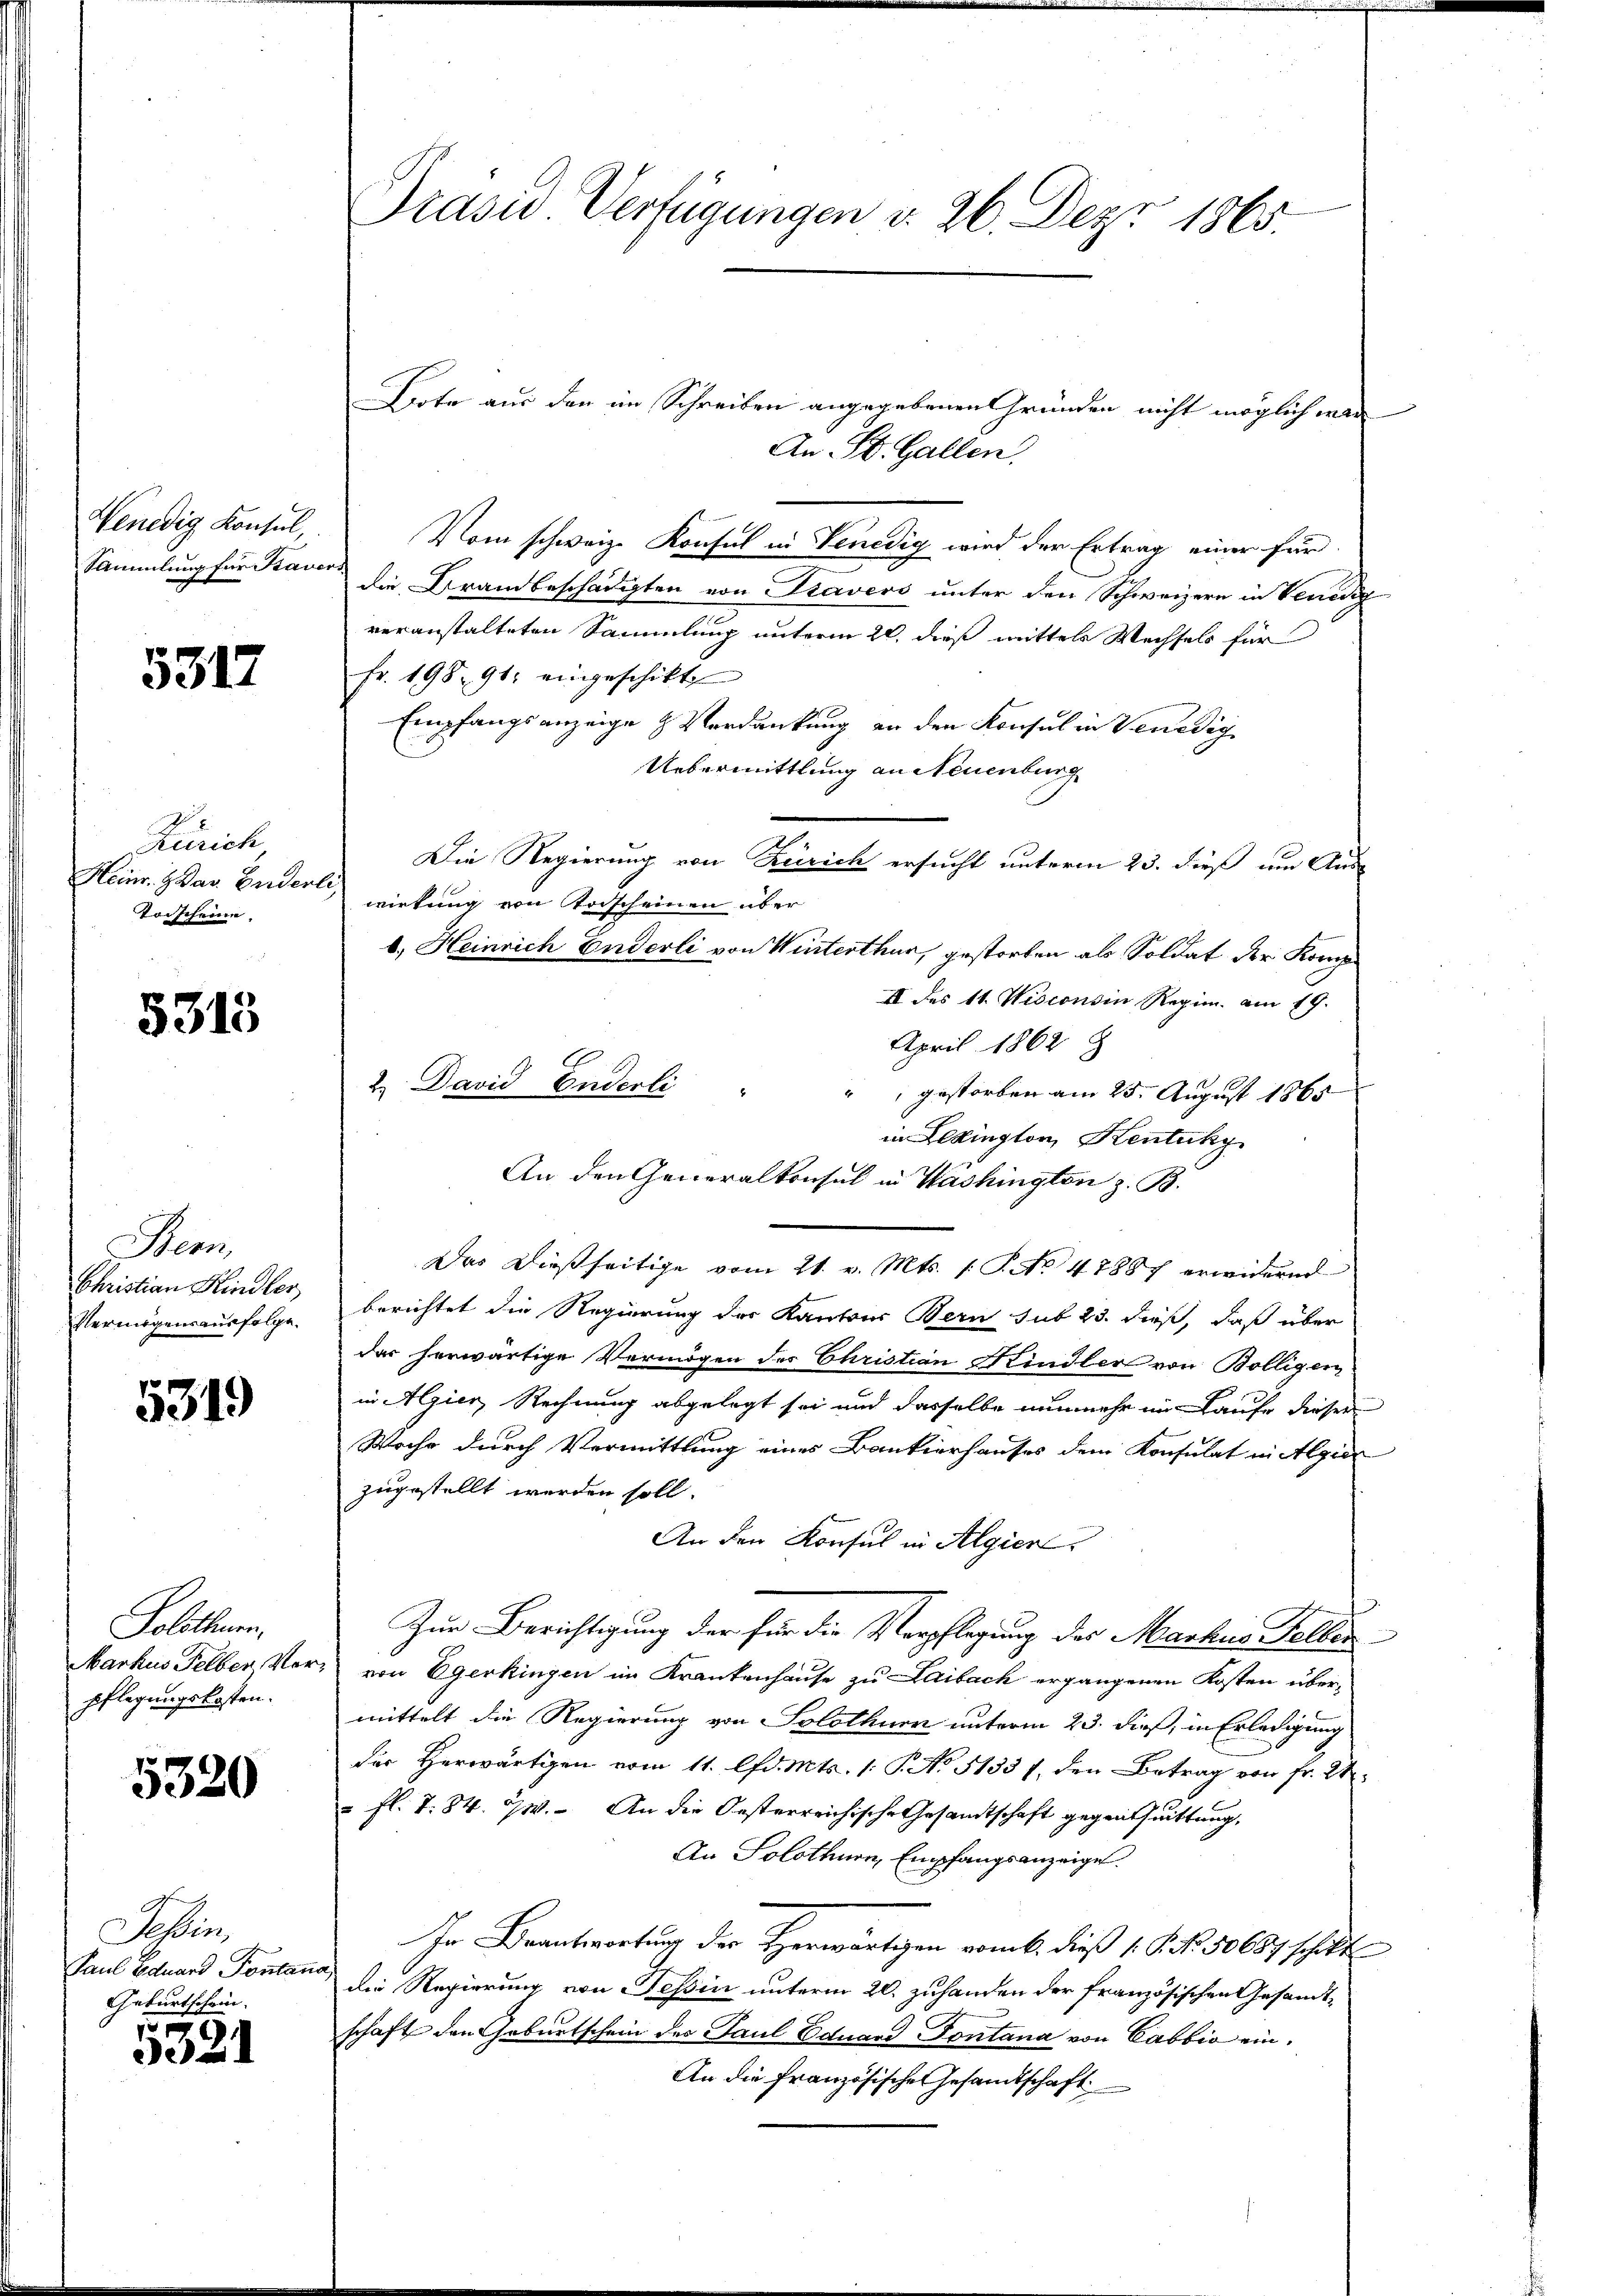
Wenedig Konsul,

5317

Zürich
Heinr. Zdar Enderli
Vorscheine

5315

Bern,
Christian Kindler,
Vermögensausfolge

5319

Solothurn.
Markus Felben, Ver
pflegungskosten.

5320

Jeßin,
Geburtschein.
7

3021

Präsid. Verfügungen v. 26. Dez. 1865.

Bote aus den im Schreiben angegebenen Gründen nicht möglich war
An St. Gallen.
Vom schweiz. Konsul in Venedig wird der Ertrag einer für
Sammlung für Kaver die Brandbeschädigten von Travers unter den Schweizern in Venedig
veranstalteten Sammlung unterm 22. dieß mittels Wechsels für
Fr. 198. 91. eingeschikt
Empfangsanzeige & Verdankung an den Konsul in Venedig
Uebermittlung an Neuenburg
Die Regierung von Zürich ersucht unterm 23. dieß um Aus
wirkung von Vorscheinen über
b. Heinrich Enderli von Winterthur, gestorben als Soldat der Komp
II des 11. Wisconsin Regim. am 19.
April 1862
9
" gestorben am 25. August 1865
in Lexington, Kentuky
Das Dießseitige vom 21. v. Mts. 1 S. No. 47887 erwidernd
berichtet die Regierung der Kantons Bern sub 23. dieß, daß über
der herwärtige Vermögen des Christian Kindlers von Bölligen
in Algier, Rechnung abgelegt sei und dasselbe nunmehr im Laufe dieser
Woche durch Vermittlung eines Bankierhauses dem Konsulat in Algier
zugestellt werden soll.
An den Konsul in Algier
Zur Berichtigung der für die Verpflegung des Markin Falles
" von Egerkingen im Krankenhause zu Laibach ergangenen Kosten übermittelt die Regierung von Solothurn unterm 23. dieß, in Erledigung
der Herwärtigen vom 11. lfd. Mts. 1: P. No 5133 f., den Betrag von Fr. 21
 fl. T. 84. 2. An die Oesterreichische Gesandtschaft gegenthuittung,
An Solothurn, Empfangsanzeige.
In Beantwortung der Herwärtigen vom k. dieß 1 S. Nr. 50687 schikt
Paul Eduard Pontana, die Regierung von Tessin unterm 20. zuhanden der französischen Gesandtschaft den Geburtschein des Paul Eduard Fontana von Cabbia ein¬
An die französische Gesandtschaft

2.) David Enderli
An den Generalkonsul in Washingten z. B.